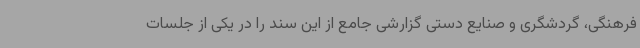
فرهنگی، گردشگری و صنایع دستی گزارشی جامع از این سند را در یکی از جلسات